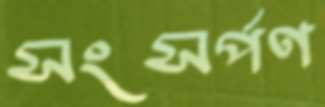
সংসর্পণ